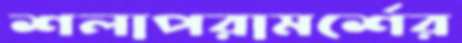
শলাপরামর্শের